Report of the Municipal Commissioner on the plague in Bombay for the year ending 31st May... - Volume 1
Disease focus: Plague
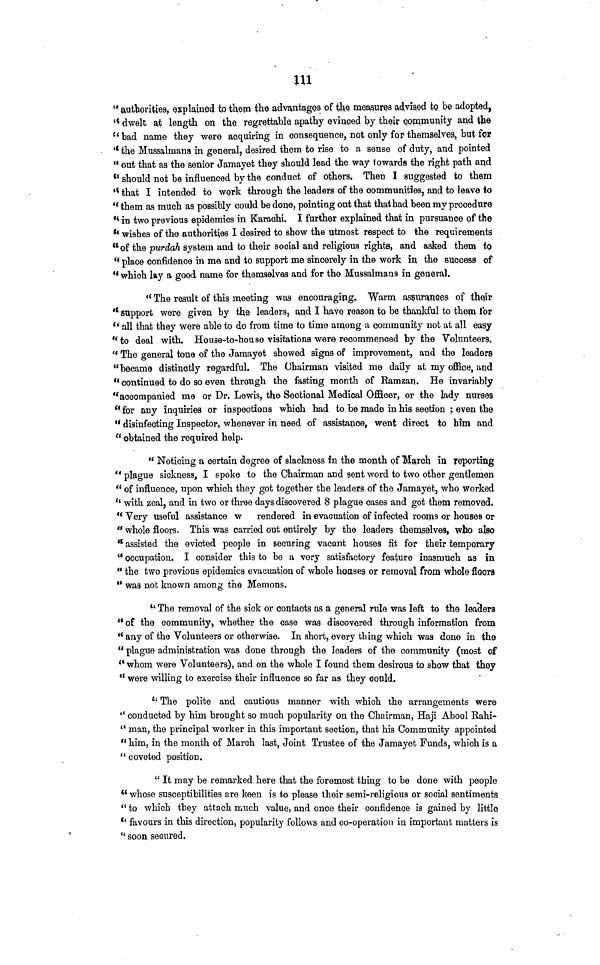
111
" authorities, explained to them the advantages of the measures advised to be adopted,
" dwelt at length on the regrettable, apathy evinced by their community and the
" bad name they were acquiring in consequence, not only for themselves, but for
" the Mussalmans in general, desired them to rise to a sense of duty, and pointed
" out that as the senior Jamayet they should lead the way towards the right path and
" should not be influenced by the conduct of others. Then I suggested to them
" that I intended to work through the leaders of the communities, and to leave to
" them as much as possibly could be done, pointing out that that had been my procedure
" in two previous epidemics in Karachi. I further explained that in pursuance of the
" wishes of the authorities I desired to show the utmost respect to the requirements
" of the purdah system and to their social and religious rights, and asked them to
" place confidence in me and to support me sincerely in the work in the success of
" which lay a good name for themselves and for the Mussalmans in general.
" The result of this meeting was encouraging. Warm assurances of their
" support were given by the leaders, and I have reason to be thankful to them tor
" all that they were able to do from time to time among a community not at all easy
"to deal with. House-to-house visitations were recommenced by the Volunteers.
" The general tone of the Jamayet showed signs of improvement, and the leaders
"became distinctly regardful. The Chairman visited me daily at my office, and
" continued to do so even through the fasting month of Bamzan. He invariably
" accompanied me or Dr. Lewis, the Sectional Medical Officer, or the lady nurses
" for any inquiries or inspections which had to be made in his section ; even the
" disinfecting Inspector, whenever in need of assistance, went direct to him and
" obtained the required help.
" Noticing a certain degree of slackness in the month of Harch in reporting
" plague sickness, I spoke to the Chairman and sent word to two other gentlemen
" of influence, upon which they got together the leaders of the Jamayet, who worked
(i with zeal, and in two or three days discovered 8 plague cases and got them removed.
" Very useful assistance w rendered in evacuation of infected rooms or houses or
" whole floors. This was carried out entirely by the leaders themselves, who also
" assisted the evicted people in securing vacant houses fit for their temporary
" occupation. I consider this to be a very satisfactory feature inasmuch as in
" the two previous epidemics evacuation of whole houses or removal from whole floors
" was not known among the Memons.
" The removal of the sick or contacts as a general rule was left to the leaders
" of the community, whether the case was discovered through information from
" any of the Volunteers or otherwise. In short, every thing which was done in the
" plague administration was done through the leaders of the community (most of
" whom were Volunteers), and on the whole I found them desirous to show that they
" were willing to exercise their influence so far as they could.
'' The polite and cautious manner with which the arrangements were
" conducted by him brought so much popularity on the Chairman, Haji Abool Rahi-
" man, the principal worker in this important section, that his Community appointed
" him, in the month of March last, Joint Trustee of the Jamayet Funds, which is a
" coveted position.
" It may be remarked here that the foremost thing to be done with people
" whose susceptibilities are keen is to please their semi-religious or social sentiments
" to which they attach much value, and once their confidence is gained by little
" favours in this direction, popularity follows and co-operation in important matters is
" soon secured.